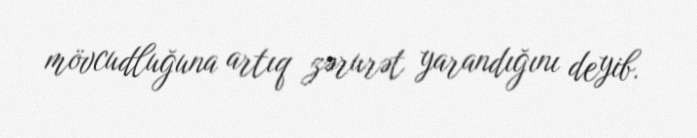
mövcudluğuna artıq zərurət yarandığını deyib.